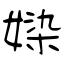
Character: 媣